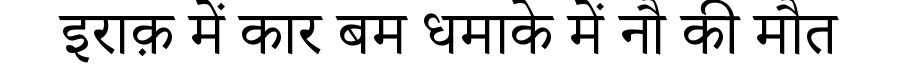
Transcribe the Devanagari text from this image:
इराक़ में कार बम धमाके में नौ की मौत